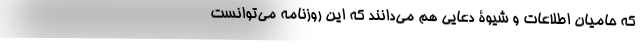
که حامیان اطلاعات و شیوۀ دعایی هم می‌دانند که این روزنامه می‌توانست